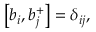
\left[ b _ { i } , b _ { j } ^ { + } \right] = \delta _ { i j } ,